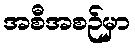
အစီအစဉ်မှာ